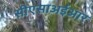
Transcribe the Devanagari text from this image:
सीएसाअईआर